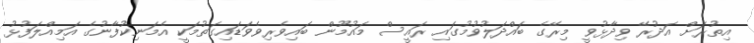
އިތުރަށް އަދުރޭ ވިދާޅުވީ މިރޭގެ ބައްދަލުވުމުގައި ރައީސް މައުމޫން ބައިވެރިވެވަޑައިގަތުމަކީ އެމަނިކުފާނުގެ އަމިއްލަފުޅު